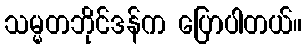
သမ္မတဘိုင်ဒန်က ပြောပါတယ်။